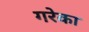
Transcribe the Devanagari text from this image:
गरेका